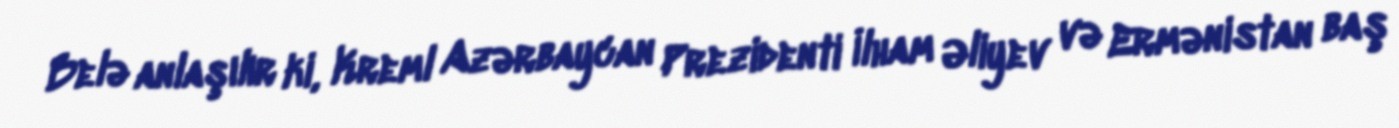
Belə anlaşılır ki, Kreml Azərbaycan Prezidenti İlham Əliyev və Ermənistan baş